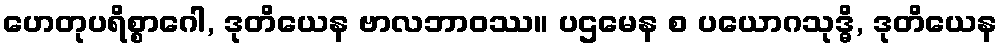
ဟေတုပရိစ္စာဂေါ, ဒုတိယေန ဗာလဘာဝဿ။ ပဌမေန စ ပယောဂသုဒ္ဓိ, ဒုတိယေန